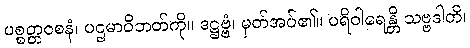
ပစ္စတ္တဝစနံ၊ ပဌမာဝိဘတ်ကို။ ဒဋ္ဌဗ္ဗံ၊ မှတ်အပ်၏။ ပရိဝါရေန္တိ သဗ္ဗဒါတိ၊